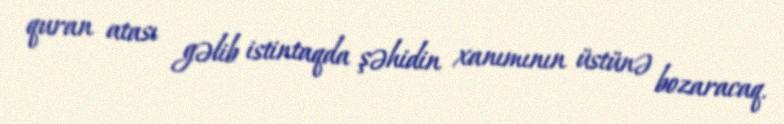
quran atası gəlib istintaqda şəhidin xanımının üstünə bozaracaq.